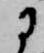
に